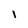
Character: l